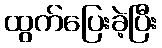
ထွက်ပြေးခဲ့ပြီး